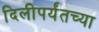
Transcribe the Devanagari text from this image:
दिलीपर्यंतच्या